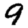
Digit: 9